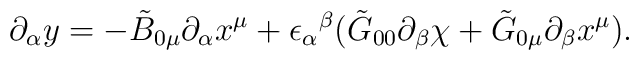
\partial_\alpha y = -\tilde{B}_{0 \mu} \partial_\alpha x^\mu + {\epsilon_\alpha}^\beta (\tilde{G}_{00} \partial_\beta \chi + \tilde{G}_{0 \mu} \partial_\beta x^\mu).